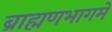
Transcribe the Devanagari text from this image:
ब्राह्मणभागमे